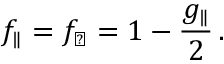
f _ { \parallel } = f _ { \perp } = 1 - \frac { g _ { \parallel } } { 2 } \, .